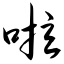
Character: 啦